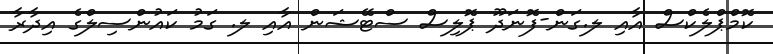
ކޮމްޕްލެކްސް އާއި ލ.ގަން-ފޮނަދޫ ޕޮލިސް ސްޓޭޝަން އާއި ލ. ގަމު ކައުންސިލްގެ އިދާރާ